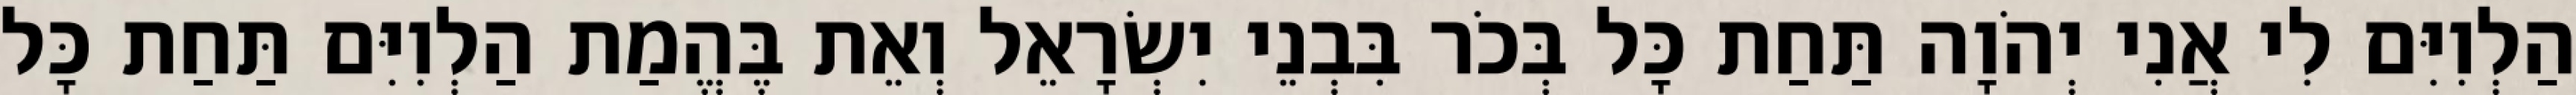
הַלְוִיִּם לִי אֲנִי יְהֹוָה תַּחַת כָּל בְּכֹר בִּבְנֵי יִשְׂרָאֵל וְאֵת בֶּהֱמַת הַלְוִיִּם תַּחַת כָּל